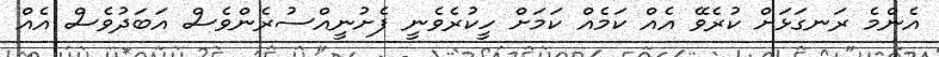
އެންމެ ރަނގަޅަށް ކުރެވޭ އެއް ކަމެއް ކަމަށް ހީކުރެވެނީ ފެށުނީއްސުރެންވެސް އަބަދުވެސް އެއް